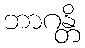
ဘာဂန္တိ